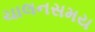
ચાલનસમય